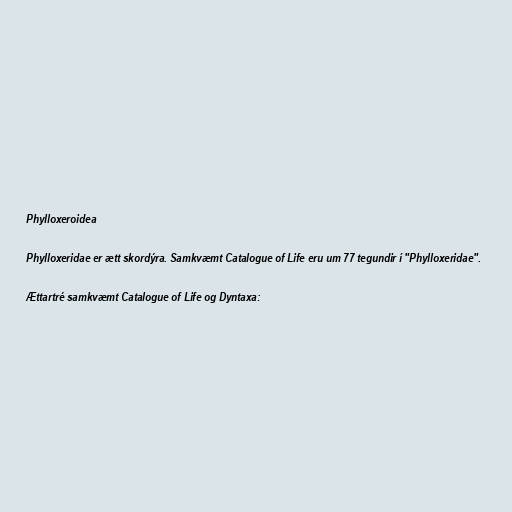
Phylloxeroidea

Phylloxeridae er ætt skordýra. Samkvæmt Catalogue of Life eru um 77 tegundir í "Phylloxeridae".

Ættartré samkvæmt Catalogue of Life og Dyntaxa: